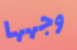
وجهها